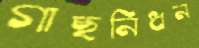
গাছনিধন